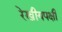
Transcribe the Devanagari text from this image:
रेखीयपक्षी